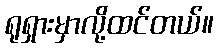
ရုရှားမှာလို့ထင်တယ်။